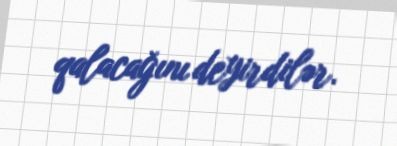
qalacağını deyirdilər.